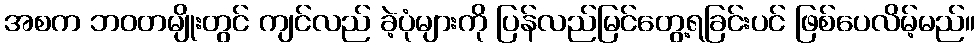
အစက ဘဝတမျိုးတွင် ကျင်လည် ခဲ့ပုံများကို ပြန်လည်မြင်တွေ့ရခြင်းပင် ဖြစ်ပေလိမ့်မည်။